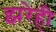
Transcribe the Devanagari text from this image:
झरेही